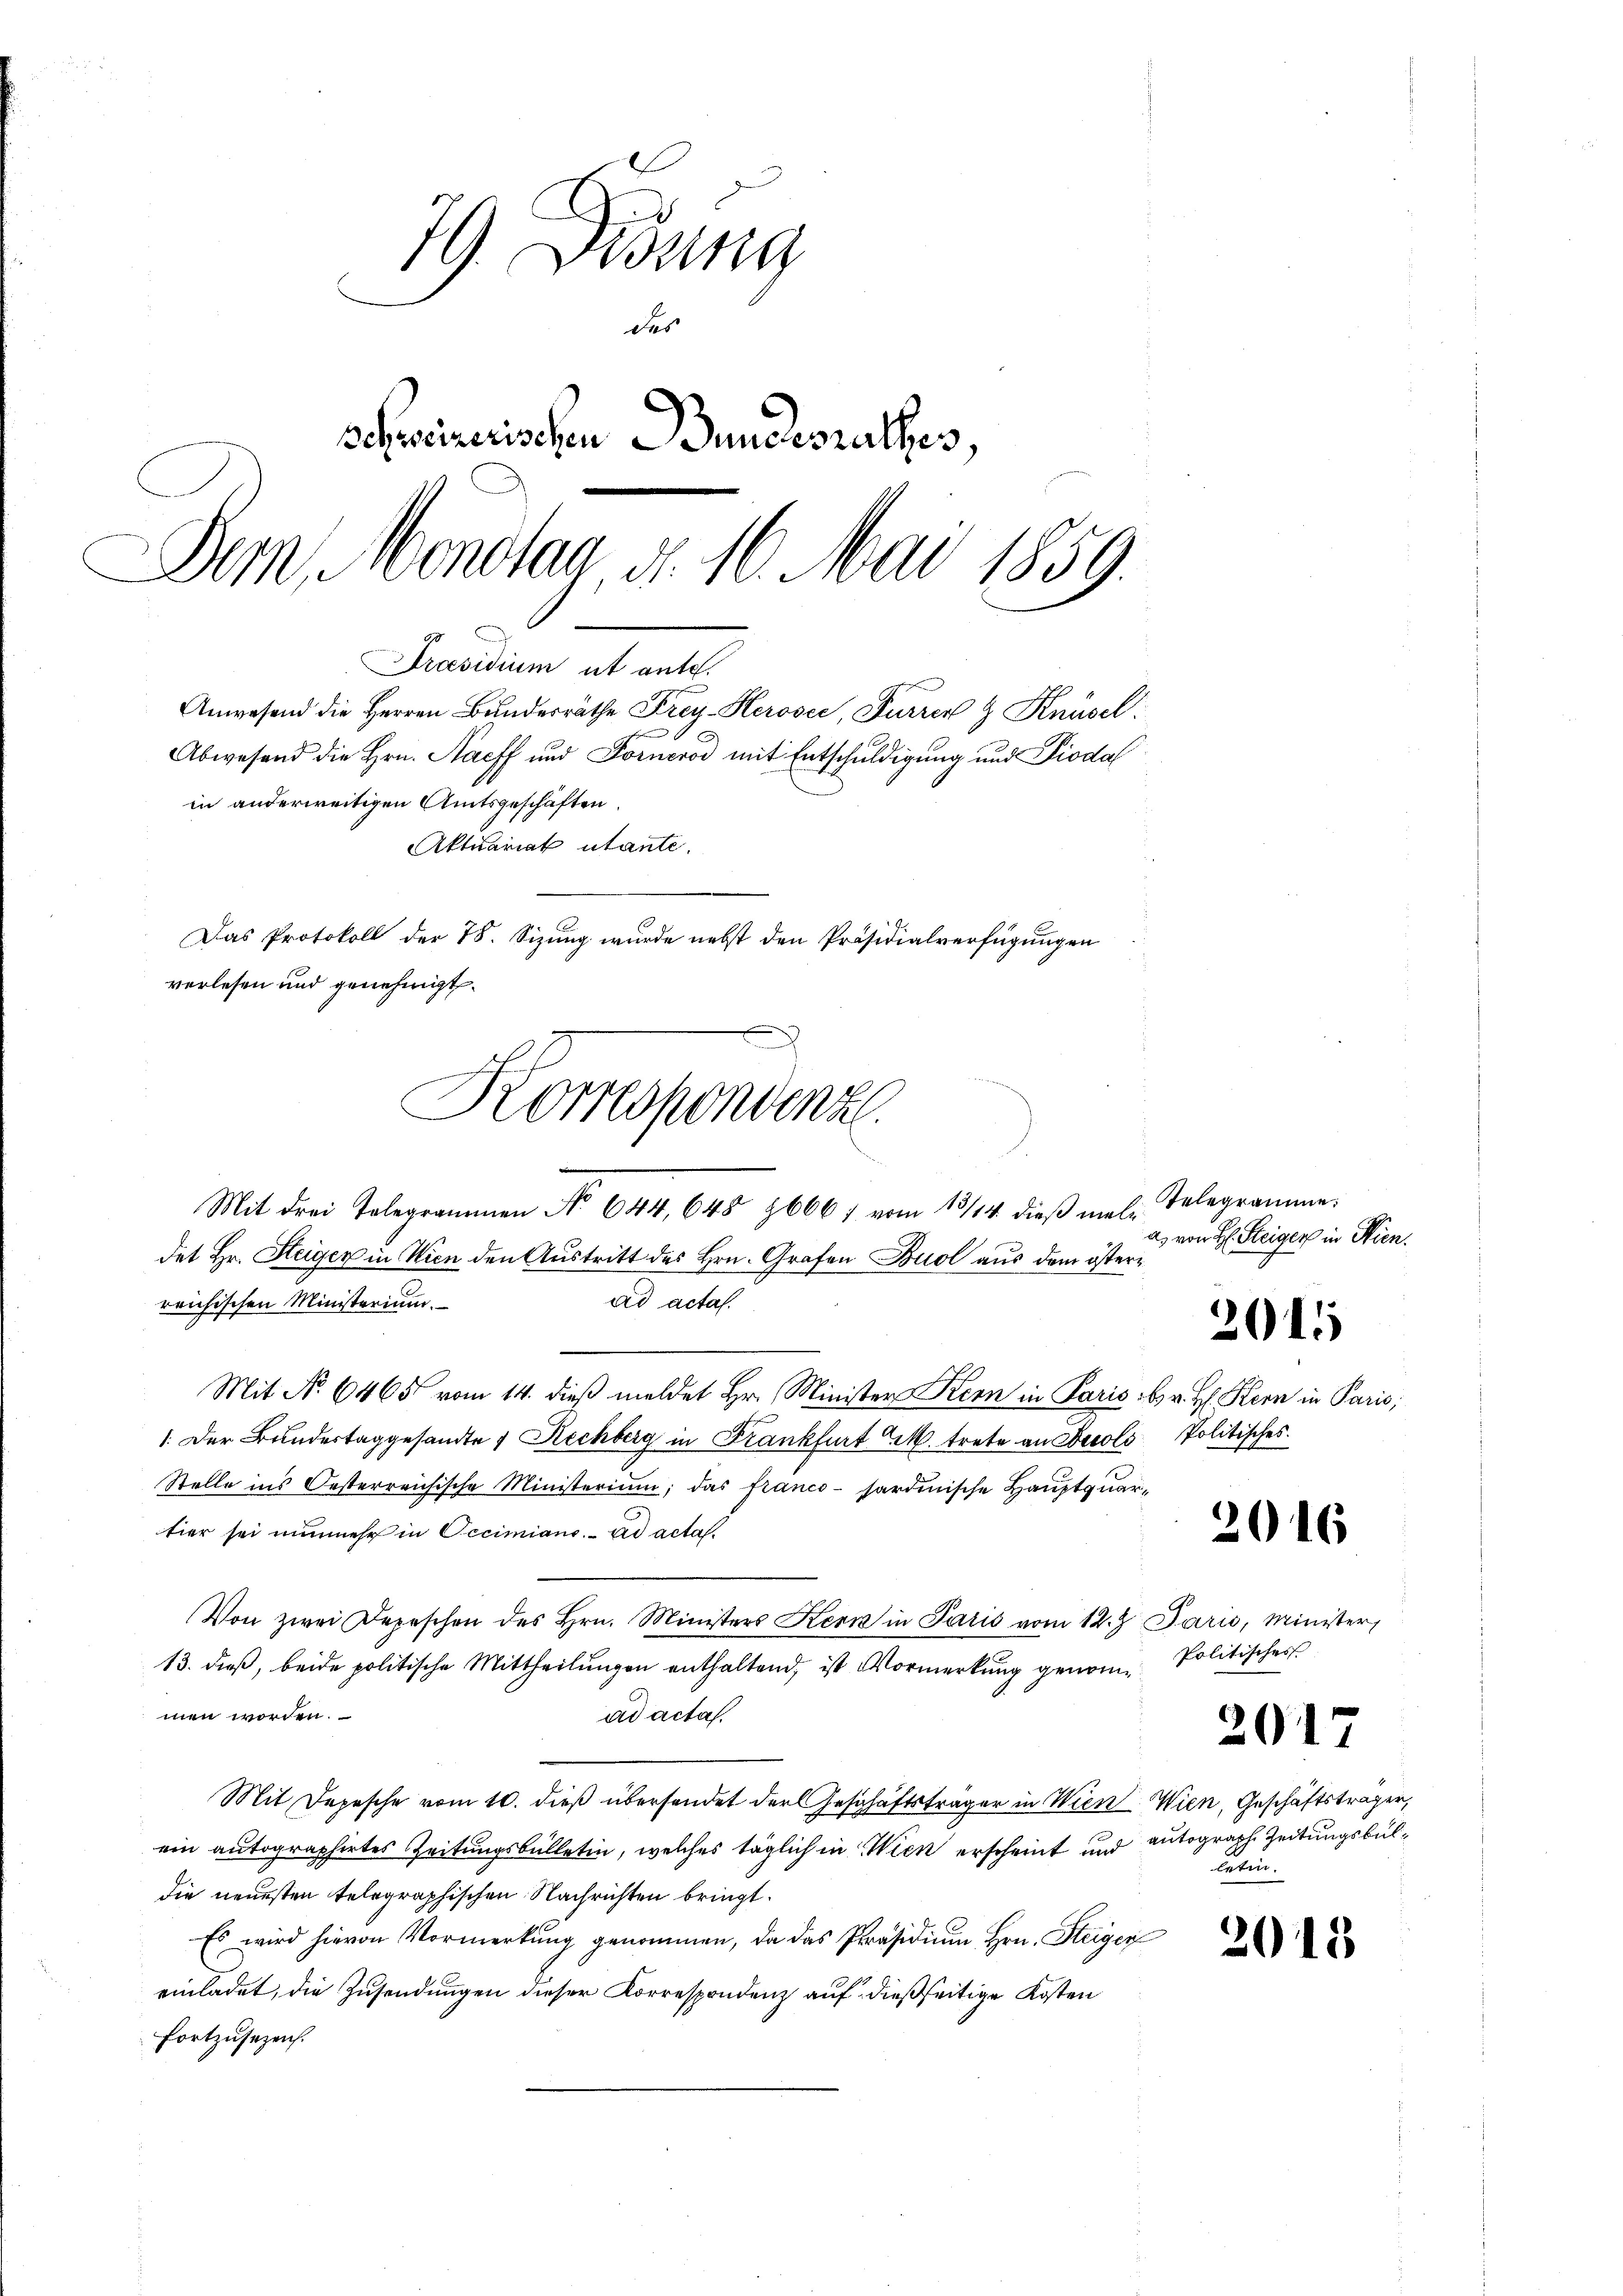
79 Didung
des
schweizerischen Bundesrathes,
Dem Monotar d. 16. Mai 1859.
Präsidium ut ante.
Anwesend die Herren Bundesräthe Frey-Herosee, Furrer & Knüsel
G
Abwesend die Hrn. Nacff und Forneros mit Entschuldigung und Piodal
in anderweitigen Amtsgeschäften.
Aktuariat utante.
Das Protokoll der 78. Sizung wurde nebst den Präsidialverfügungen
verlesen und genehmigt.

det Hr. Steiger in Wien den Austritt des Hrn. Grafen Buol aus dem österreichischen Ministerium.
ad acta.
Mit No. 6465 vom 14. dieβ meldet Hr. Minister Kern in Paris br. H. Stern in Paris;
1. Der Bundestag gesandte 4 Rechberg in Krankfurt M. trete an Accols Politisches.
Stelle ins Oesterreichische Ministerium, das franco-sardinische Hauptquartier sei nunmehr in Oecimiano. ad acta.
Von zwei Depeschen des Hrn. Ministers Kern in Paris vom 12. Paris, Minister,
13. dieß, beide politische Mittheilungen enthaltend, ist Vormerkung genommen worden.
ad acta.
Mit Depesche vom 10. dieß übersendet der Geschäftsträger in Wien Wien, Geschäftsträger,
ein autographirtes Zeitungsbülletin, welches täglich in Wien erscheint und
die neuesten telegraphischen Nachrichten bringt.
Es wird hievon Vormerkŭng genommen, da das Präsidiŭm Hrn. Steiger
einladet, die Zusendungen dieser Korrespondenz auf dießseitige Kosten
fortzusezen.

)
Korrespondenz
Mit drei Telegrammen No 644, 648 86061 vom 13/14. dieβ meli

Telegramme.
a) von H. Steiger in Wien.

201

2016

Politisches

207

autograph Zeitungsbullaten

2015